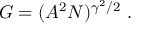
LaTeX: G = ( A ^ { 2 } N ) ^ { \gamma ^ { 2 } / 2 } \ .